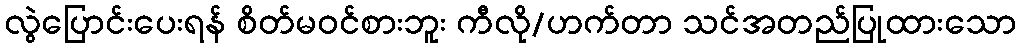
လွဲပြောင်းပေးရန် စိတ်မဝင်စားဘူး ကီလို/ဟက်တာ သင်အတည်ပြုထားသော